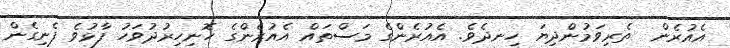
އެއުރެން  ތެރިވަމުންދިޔަ ހިނދެވެ. އެއުރެންގެ މަސްތައް އެއުރެންގެ ހޮނިހިރުދުވަހު ފާޅުވެ ފެނިގެން